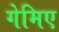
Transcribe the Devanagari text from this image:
गेमिए